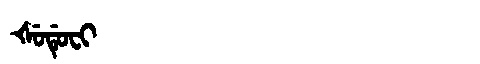
Manchu: ᡧᡠᡩᡠᠸᡳ
Romanization: ŠUDUFI